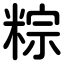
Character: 粽